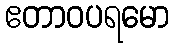
ဧတာဝပရမော